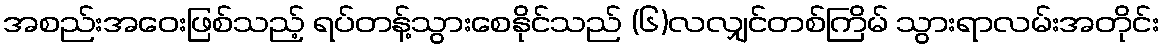
အစည်းအဝေးဖြစ်သည့် ရပ်တန့်သွားစေနိုင်သည် (၆)လလျှင်တစ်ကြိမ် သွားရာလမ်းအတိုင်း